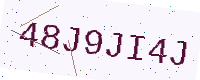
Text: 48J9JI4J